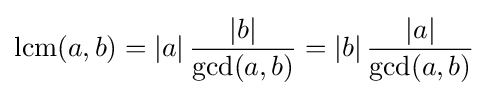
\operatorname {lcm} (a,b)=|a|\,{\frac {|b|}{\gcd(a,b)}}=|b|\,{\frac {|a|}{\gcd(a,b)}}